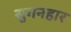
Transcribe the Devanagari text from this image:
सुमनहार